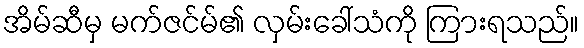
အိမ်ဆီမှ မက်ဇင်မ်၏ လှမ်းခေါ်သံကို ကြားရသည်။